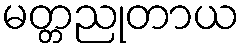
မတ္တညုတာယ